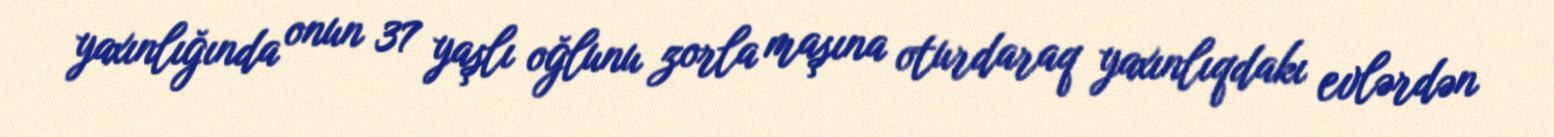
yaxınlığında onun 37 yaşlı oğlunu zorla maşına oturdaraq yaxınlıqdakı evlərdən